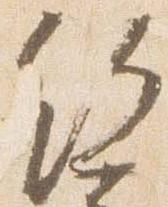
給